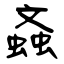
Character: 螡